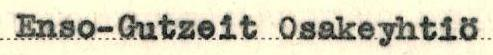
Enso-Gutzeit Osakeyhtiö